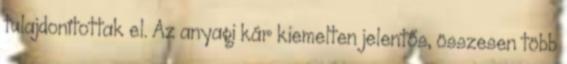
tulajdonítottak el. Az anyagi kár kiemelten jelentős, összesen több